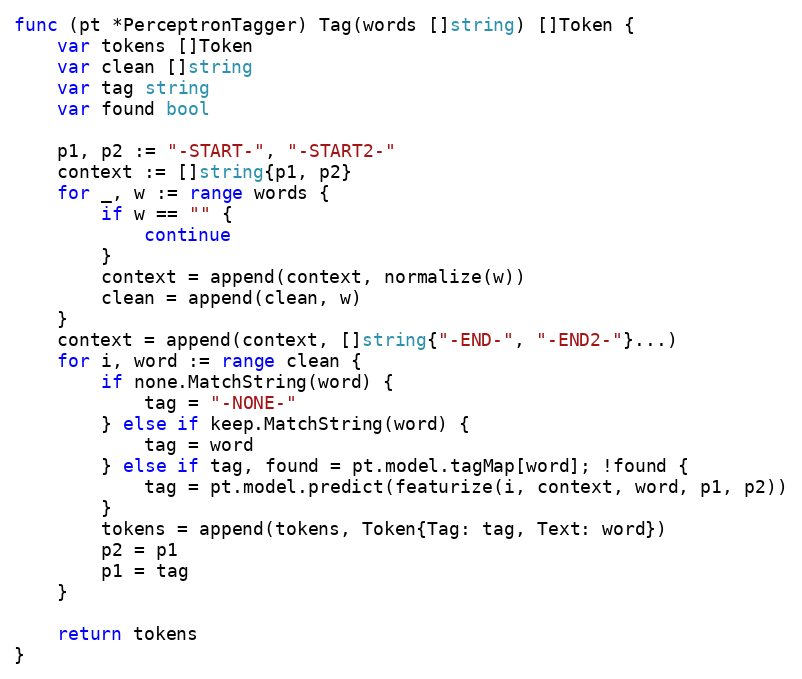
Language: Go
func (pt *PerceptronTagger) Tag(words []string) []Token {
	var tokens []Token
	var clean []string
	var tag string
	var found bool

	p1, p2 := "-START-", "-START2-"
	context := []string{p1, p2}
	for _, w := range words {
		if w == "" {
			continue
		}
		context = append(context, normalize(w))
		clean = append(clean, w)
	}
	context = append(context, []string{"-END-", "-END2-"}...)
	for i, word := range clean {
		if none.MatchString(word) {
			tag = "-NONE-"
		} else if keep.MatchString(word) {
			tag = word
		} else if tag, found = pt.model.tagMap[word]; !found {
			tag = pt.model.predict(featurize(i, context, word, p1, p2))
		}
		tokens = append(tokens, Token{Tag: tag, Text: word})
		p2 = p1
		p1 = tag
	}

	return tokens
}